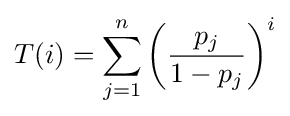
T(i)=\sum \limits _{j=1}^{n}\left({\frac {p_{j}}{1-p_{j}}}\right)^{i}